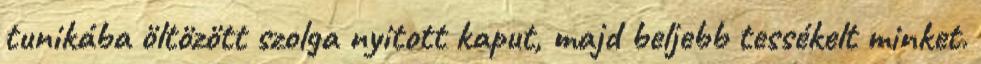
tunikába öltözött szolga nyitott kaput, majd beljebb tessékelt minket.